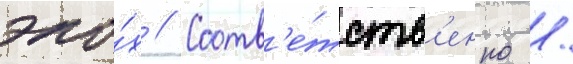
эпо́х // Соотв'е́тств'енно /